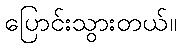
ပြောင်းသွားတယ်။